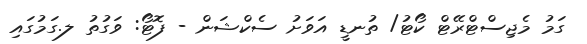
ގަމު މެޖިސްޓްރޭޓް ކޯޓު/ ތުނޑީ އަވަށު ސެކްޝަން - ފޮޓޯ: ވަގުތު ލ.ގަމުގައި